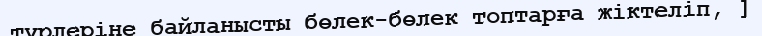
түрлеріне байланысты бөлек-бөлек топтарға жіктеліп, ]